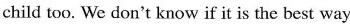
child too. We don't know if it is the best way